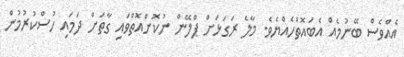
އެއްވެސް ބޭނުމެއް އެބައޮތްހެއްޔެވެ. މާލެ ރަގަޅަށް ޕްލޭން ނުކޮށްއޮތްވައި ގާތަށް ދަމައި ހުސްކުރުމުން